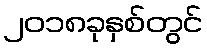
၂၀၁၈ခုနှစ်တွင်